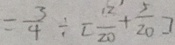
= \frac { 3 } { 4 } \div [ \frac { 1 2 } { 2 0 } + \frac { 5 } { 2 0 } ]